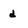
Character: d